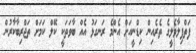
ފަތްފިލާވެލީގެ ތެރެއިން ކިޑްނީއަށް އެންމެ ރަނގަޅު އެއް ބާވަތަކީ ކޭލް ކަމަށް ތަޖްރިބާކާރުން